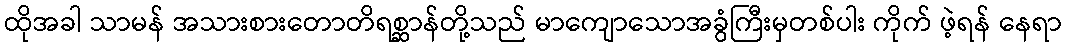
ထိုအခါ သာမန် အသားစားတောတိရစ္ဆာန်တို့သည် မာကျောသောအခွံကြီးမှတစ်ပါး ကိုက် ဖဲ့ရန် နေရာ